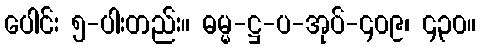
ပေါင်း ၅-ပါးတည်း။ ဓမ္မ-ဋ္ဌ-ပ-အုပ်-၄၀၉၊ ၄၃၀။